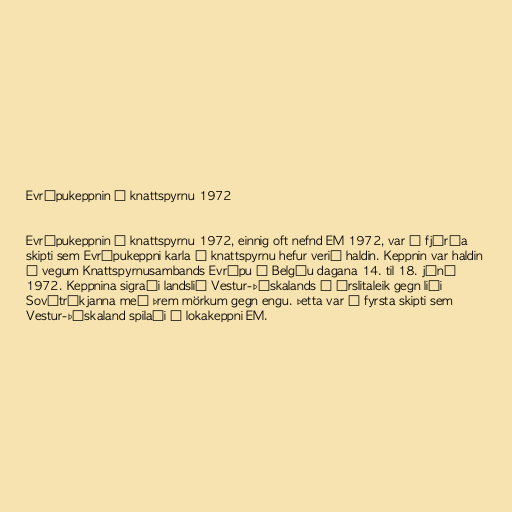
Evrópukeppnin í knattspyrnu 1972

Evrópukeppnin í knattspyrnu 1972, einnig oft nefnd EM 1972, var í fjórða
skipti sem Evrópukeppni karla í knattspyrnu hefur verið haldin. Keppnin var haldin
á vegum Knattspyrnusambands Evrópu í Belgíu dagana 14. til 18. júní
1972. Keppnina sigraði landslið Vestur-Þýskalands í úrslitaleik gegn liði
Sovétríkjanna með þrem mörkum gegn engu. Þetta var í fyrsta skipti sem
Vestur-Þýskaland spilaði á lokakeppni EM.